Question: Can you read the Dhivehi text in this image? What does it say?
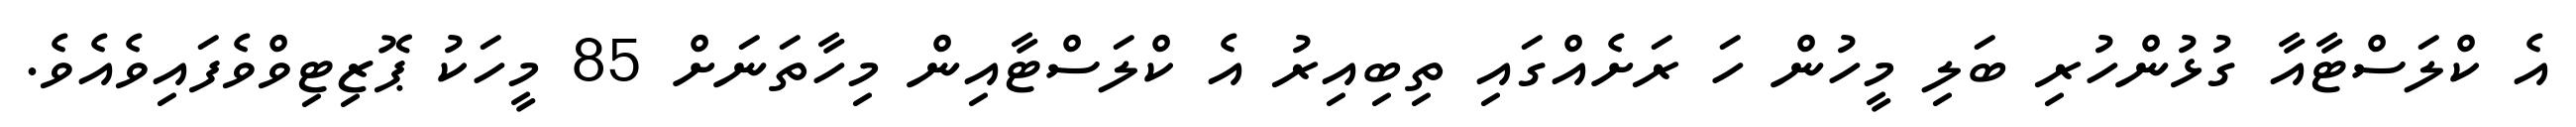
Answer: އެ ކްލަސްޓާއާ ގުޅުންހުރި ބަލި މީހުން ހަ ރަށެއްގައި ތިބިއިރު އެ ކްލަސްޓާއިން މިހާތަނަށް 85 މީހަކު ޕޮޒިޓިވްވެފައިވެއެވެ.